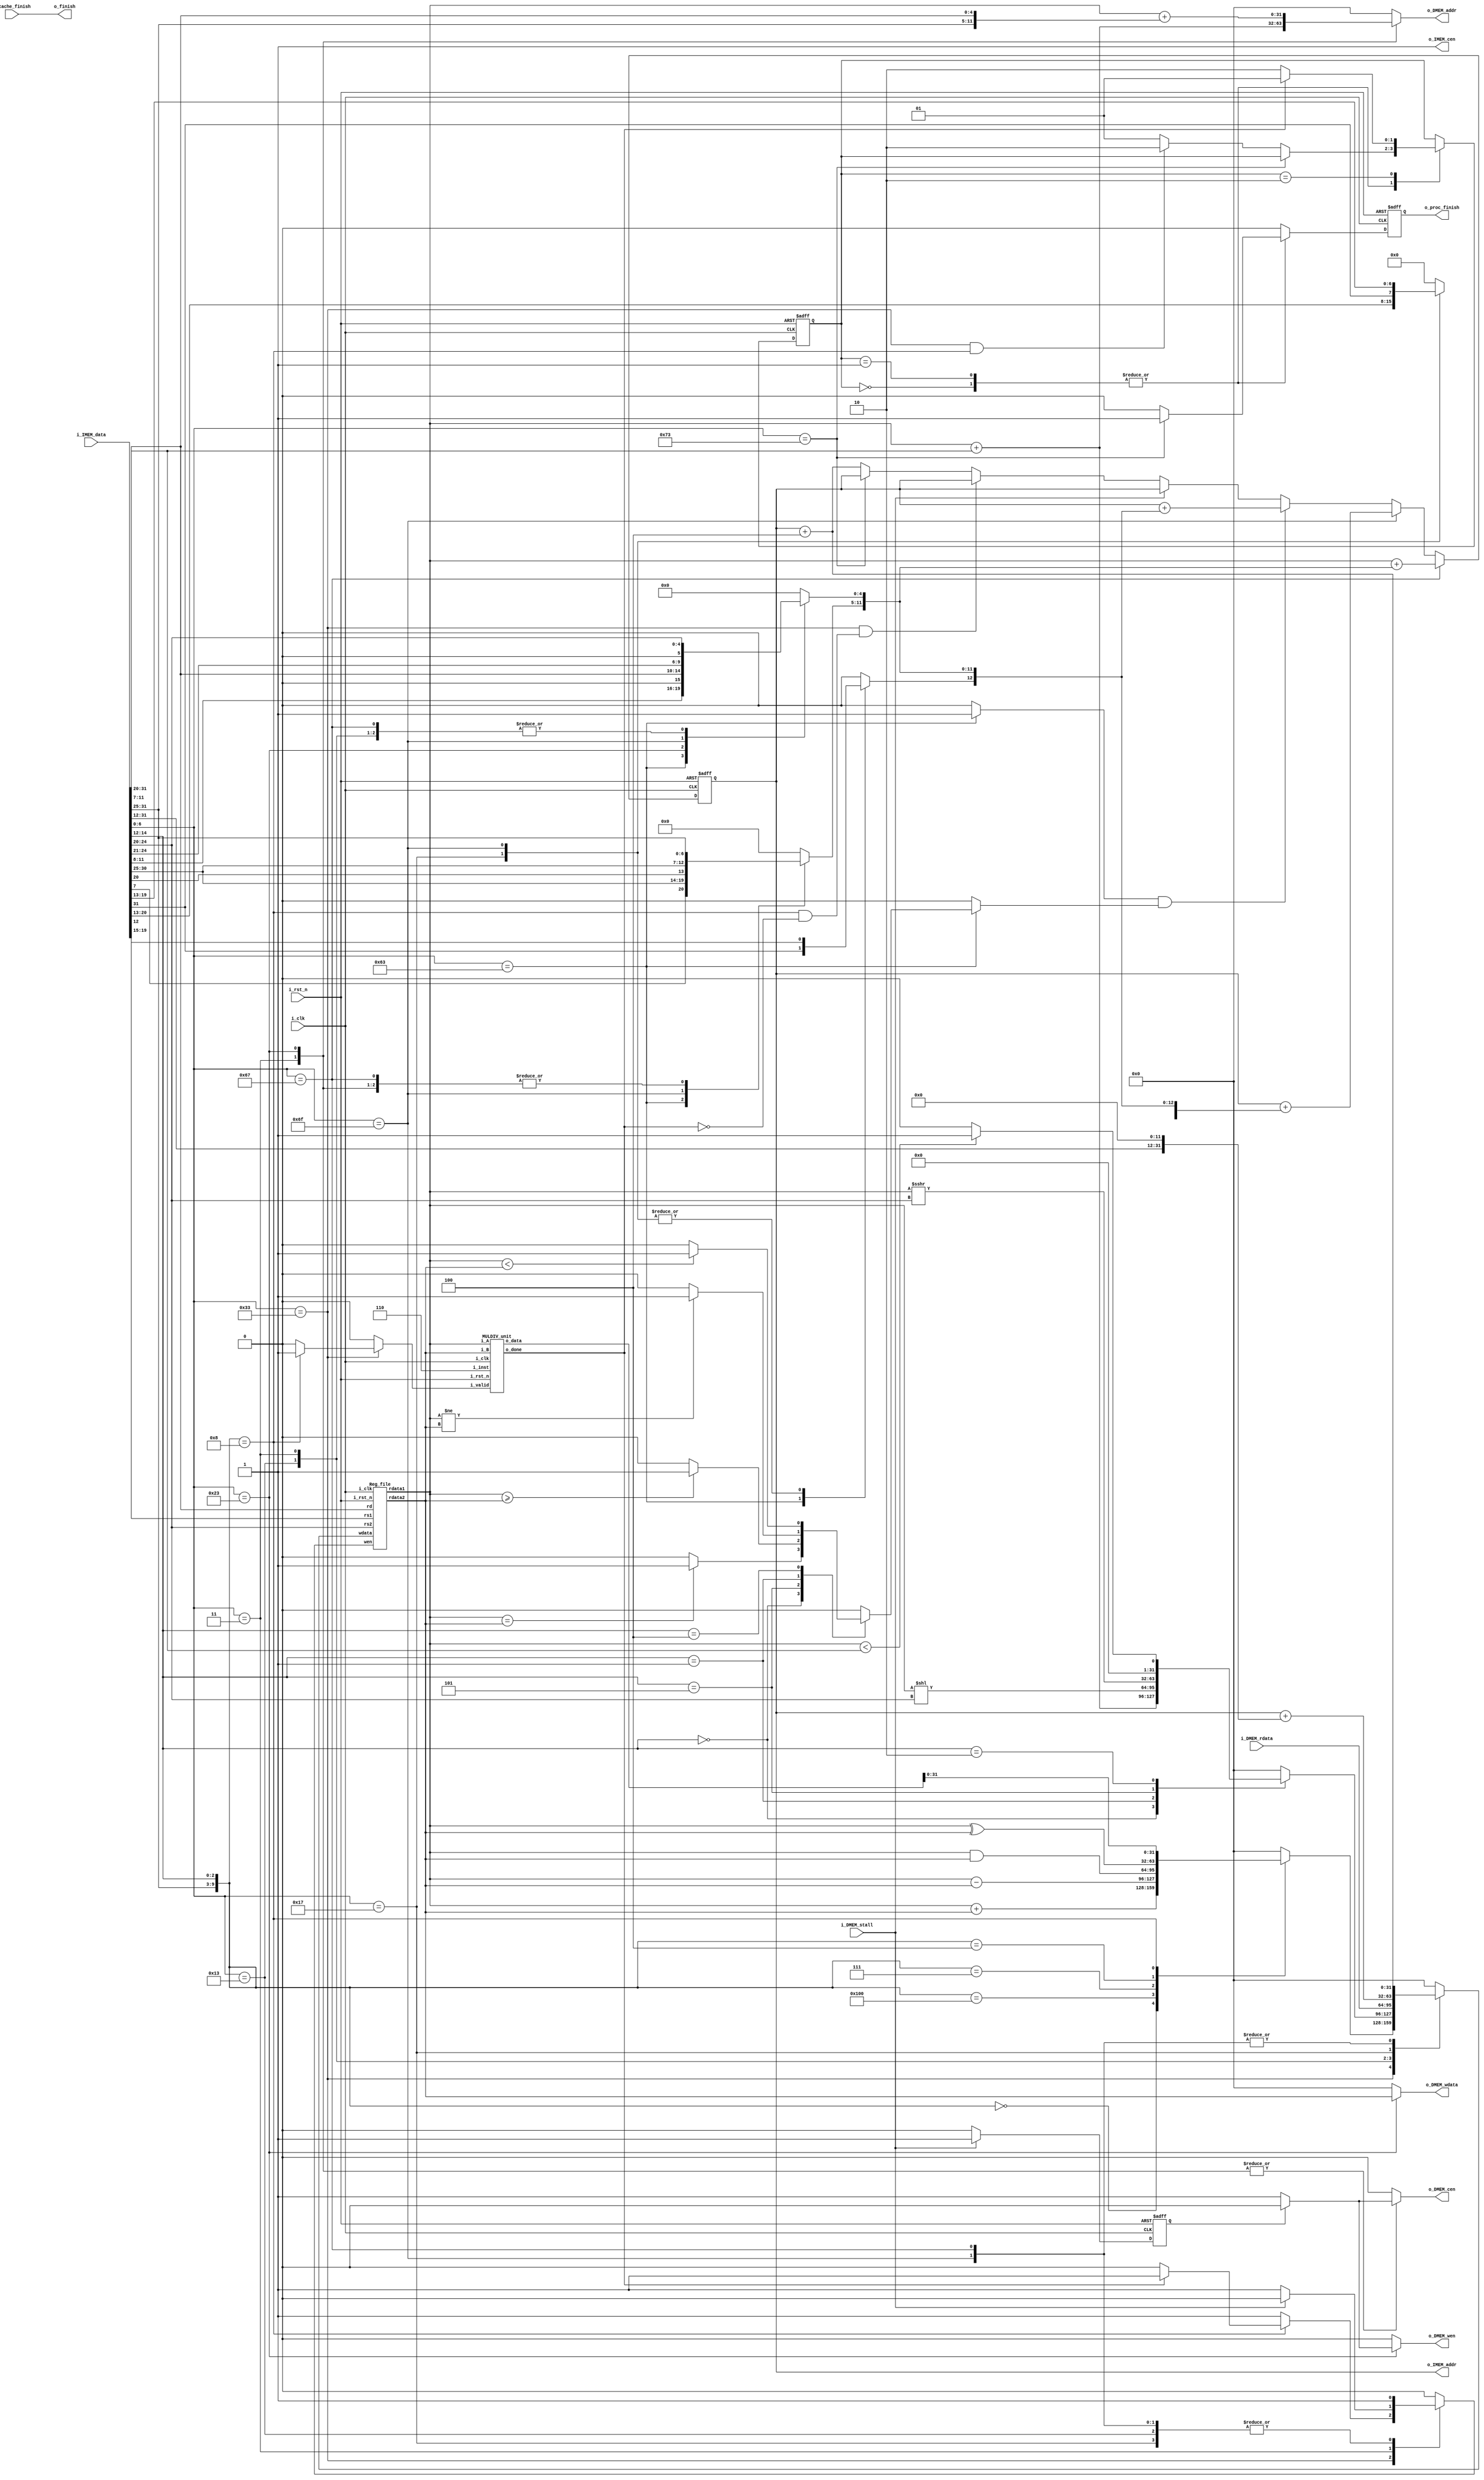
//----------------------------- DO NOT MODIFY THE I/O INTERFACE!! ------------------------------//
module CHIP #(                                                                                  //
    parameter BIT_W = 32                                                                        //
)(                                                                                              //
    // clock                                                                                    //
        input               i_clk,                                                              //
        input               i_rst_n,                                                            //
    // instruction memory                                                                       //
        input  [BIT_W-1:0]  i_IMEM_data,                                                        //
        output [BIT_W-1:0]  o_IMEM_addr,                                                        //
        output              o_IMEM_cen,                                                         //
    // data memory                                                                              //
        input               i_DMEM_stall,                                                       //
        input  [BIT_W-1:0]  i_DMEM_rdata,                                                       //
        output              o_DMEM_cen,                                                         //
        output              o_DMEM_wen,                                                         //
        output [BIT_W-1:0]  o_DMEM_addr,                                                        //
        output [BIT_W-1:0]  o_DMEM_wdata,                                                       //
    // finnish procedure                                                                        //
        output              o_finish,                                                           //
    // cache                                                                                    //
        input               i_cache_finish,                                                     //
        output              o_proc_finish                                                       //
);                                                                                              //
//----------------------------- DO NOT MODIFY THE I/O INTERFACE!! ------------------------------//

// ------------------------------------------------------------------------------------------------------------------------------------------------------
// Parameters
// ------------------------------------------------------------------------------------------------------------------------------------------------------
    // TODO: any declaration
    //====== op code ======
    // R-type
    localparam ADD   = 7'b0110011;
    localparam SUB   = 7'b0110011;
    localparam AND   = 7'b0110011;
    localparam XOR   = 7'b0110011;
    localparam MUL   = 7'b0110011;
    // I-type
    localparam ADDI  = 7'b0010011;
    localparam SLLI  = 7'b0010011;
    localparam SRAI  = 7'b0010011;
    localparam SLTI  = 7'b0010011;
    localparam LW    = 7'b0000011;
    // B-type
    localparam BEQ   = 7'b1100011;
    localparam BGE   = 7'b1100011;
    localparam BLT   = 7'b1100011;
    localparam BNE   = 7'b1100011;
    // S-type
    localparam SW    = 7'b0100011;
    // J-type
    localparam JAL   = 7'b1101111;
    localparam JALR  = 7'b1100111;
    // U-type
    localparam AUIPC = 7'b0010111;
    // ecall
    localparam ECALL = 7'b1110011 ;
    //====== funct3 ======
    localparam ADD_FUNC3  = 3'b000;
    localparam SUB_FUNC3  = 3'b000;
    localparam AND_FUNC3  = 3'b111;
    localparam XOR_FUNC3  = 3'b100;
    localparam ADDI_FUNC3 = 3'b000;
    localparam SLLI_FUNC3 = 3'b001;
    localparam SRAI_FUNC3 = 3'b101;
    localparam SLTI_FUNC3 = 3'b010;
    localparam MUL_FUNC3  = 3'b000;
    localparam BEQ_FUNC3  = 3'b000;
    localparam BGE_FUNC3  = 3'b101;
    localparam BLT_FUNC3  = 3'b100;
    localparam BNE_FUNC3  = 3'b001;
    //====== funct7 ======
    localparam ADD_FUNC7 = 7'b0000000;
    localparam SUB_FUNC7 = 7'b0100000;
    localparam AND_FUNC7 = 7'b0000000;
    localparam XOR_FUNC7 = 7'b0000000;
    localparam MUL_FUNC7 = 7'b0000001;

    // FSM state
    localparam S_IDLE        = 0;
    localparam S_EXEC        = 1;
    localparam S_EXEC_MULDIV = 2;

    // RegWrite Src
    localparam ADD_W    = 0;
    localparam SUB_W    = 1;
    localparam AND_W    = 2;
    localparam XOR_W    = 3;
    localparam MUL_W    = 4;
    localparam ADDI_W   = 5;
    localparam SLLI_W   = 6;
    localparam SRAI_W   = 7;
    localparam SLTI_W   = 8;
    localparam LW_W     = 9;
    localparam AUIPC_W  = 10;
    localparam JAL_W    = 11;
    localparam JALR_W   = 12;


// ------------------------------------------------------------------------------------------------------------------------------------------------------
// Wires and Registers
// ------------------------------------------------------------------------------------------------------------------------------------------------------
    
    // TODO: any declaration
        reg [BIT_W-1:0] PC, PC_nxt;
        // reg inst_cen, inst_cen_nxt;
        reg mem_cen, mem_wen;
        reg  mem_hold; 
        reg [BIT_W-1:0] mem_addr, mem_wdata, mem_rdata;
        wire mem_stall;
        reg  regWrite   ;  
        wire  [ 4:0] rs1, rs2, rd;              
        wire [BIT_W-1:0] rs1_data    ;              
        wire [BIT_W-1:0] rs2_data    ;             
        reg  [BIT_W-1:0] rd_data     ; 
        wire  [6:0 ] op_code_w;
        wire  [BIT_W-1:0] inst_w;
        reg  [1:0 ] state_w, state_r;
        wire  [2:0 ] funct3_w;
        wire  [6:0 ] funct7_w;
        reg  [BIT_W-1:0] imm_w;
        
        reg         mulDiv_valid;
        wire        mulDiv_done;
        wire  [2:0]  mulDiv_inst;
        wire  [BIT_W-1:0] mulDiv_in_A, mulDiv_in_B;
        wire [2*BIT_W-1:0] mulDiv_out;  

        reg  finish, finish_nxt;  
        reg  branch_control, condition;  
        wire jump;      

// ------------------------------------------------------------------------------------------------------------------------------------------------------
// Continuous Assignment
// ------------------------------------------------------------------------------------------------------------------------------------------------------

    // TODO: any wire assignment
    assign o_finish = i_cache_finish;
    assign o_proc_finish = finish;
    // assign o_finish = finish;
    assign o_IMEM_cen = 1;
    assign o_IMEM_addr = PC;
    assign o_DMEM_addr = mem_addr;
    assign o_DMEM_wdata = mem_wdata;
    assign o_DMEM_wen = mem_wen;
    assign o_DMEM_cen = mem_cen;

    // ----------------------- Decoding --------------------------
    assign inst_w = i_IMEM_data;
    assign op_code_w = inst_w[6:0];
    assign funct3_w = inst_w[14:12];
    assign funct7_w = inst_w[31:25];
    assign rs1 = inst_w[19:15];
    assign rs2 = inst_w[24:20];
    assign rd  = inst_w[11:7];
    assign jump = (branch_control & condition);
    // ----------------------- MulDiv input --------------------------
    assign mulDiv_in_A = rs1_data;
    assign mulDiv_in_B = rs2_data;
    assign mulDiv_inst = 3'd6;
    // ----------------------- Memory install --------------------------
    assign mem_stall = i_DMEM_stall;
// ------------------------------------------------------------------------------------------------------------------------------------------------------
// Submoddules
// ------------------------------------------------------------------------------------------------------------------------------------------------------

    // TODO: Reg_file wire connection
    Reg_file reg0(               
        .i_clk  (i_clk),             
        .i_rst_n(i_rst_n),         
        .wen    (regWrite),          
        .rs1    (rs1),                
        .rs2    (rs2),                
        .rd     (rd),                 
        .wdata  (rd_data),             
        .rdata1 (rs1_data),           
        .rdata2 (rs2_data)
    );

    MULDIV_unit mulDiv0(
        .i_clk(i_clk), 
        .i_rst_n(i_rst_n), 
        .i_valid(mulDiv_valid), 
        .i_inst(mulDiv_inst), 
        .i_A(mulDiv_in_A), 
        .i_B(mulDiv_in_B), 
        .o_data(mulDiv_out), 
        .o_done(mulDiv_done)
    );

// ------------------------------------------------------------------------------------------------------------------------------------------------------
// Always Blocksrd_data 
// ------------------------------------------------------------------------------------------------------------------------------------------------------
    // Todo: any combinational/sequential circuit
    // Decode Instruction
    always @(*) begin
        rd_data = 0;
        imm_w = 0;
        mem_addr = 0;
        mem_wdata = 0;
        mem_wen = 0;
        mem_cen = 0;
        regWrite= 0;
        mulDiv_valid = 0;
        condition = 0;
        branch_control = 0;
        case (op_code_w)
            7'b0110011: begin
                regWrite= 1'b1;
                case ({funct7_w, funct3_w})
                    {ADD_FUNC7, ADD_FUNC3}: begin
                        rd_data = $signed(rs1_data) + $signed(rs2_data);
                    end
                    {SUB_FUNC7, SUB_FUNC3}: begin
                        rd_data = $signed(rs1_data) - $signed(rs2_data);
                    end
                    {AND_FUNC7, AND_FUNC3}:begin
                        rd_data = rs1_data & rs2_data;
                    end
                    {XOR_FUNC7, XOR_FUNC3}: begin
                        rd_data = rs1_data ^ rs2_data;
                    end
                    {MUL_FUNC7, MUL_FUNC3}: begin
                        regWrite= (mulDiv_done)?1'b1:1'b0;
                        mulDiv_valid = 1'b1;
                        rd_data = mulDiv_out[31:0];
                    end
                endcase
            end
            7'b0010011: begin
                regWrite= 1'b1;
                imm_w[11:0] = inst_w[31:20];
                case (funct3_w)
                    ADDI_FUNC3: begin
                        rd_data = $signed(rs1_data) + $signed(imm_w[11:0]);
                    end
                    SLLI_FUNC3: begin
                        rd_data = $signed(rs1_data) << $signed(imm_w[4:0]);
                    end
                    SRAI_FUNC3: begin
                        rd_data = $signed(rs1_data) >>> $signed(imm_w[4:0]);
                    end
                    SLTI_FUNC3: begin  
                        rd_data = ($signed(rs1_data) < $signed(imm_w[11:0]))?32'd1:32'd0;                                 
                    end
                endcase
            end
            7'b1100011: begin
                branch_control = 1'b1;
                imm_w[12:0] = {inst_w[31], inst_w[7], inst_w[30:25], inst_w[11:8], 1'b0};
                case (funct3_w)
                    BEQ_FUNC3: begin  
                        condition = (rs1_data == rs2_data)?1'b1:1'b0;             
                    end
                    BGE_FUNC3: begin
                        condition = ($signed(rs1_data) >= $signed (rs2_data))?1'b1:1'b0;
                    end
                    BNE_FUNC3: begin
                        condition = (rs1_data != rs2_data)?1'b1:1'b0;      
                    end
                    BLT_FUNC3: begin
                        condition = ($signed(rs1_data) < $signed (rs2_data))?1'b1:1'b0;
                    end
                endcase
            end
            LW: begin
                mem_cen = (mem_hold)?1'b0:1'b1;
                imm_w[11:0] = inst_w[31:20];
                mem_addr = $signed({1'b0, rs1_data}) + $signed(imm_w[11:0]);
                rd_data = i_DMEM_rdata;
                regWrite= (mem_stall)?1'b0:1'b1;

            end
            SW: begin
                mem_cen = (mem_hold)?1'b0:1'b1;
                mem_wen = (mem_hold)?1'b0:1'b1;
                imm_w[4:0] = inst_w[11:7];
                imm_w[11:5] = inst_w[31:25];
                mem_addr = $signed({1'b0, rs1_data}) + $signed(imm_w[11:0]);
                mem_wdata = rs2_data;
            end
            AUIPC: begin
                regWrite= 1'b1;
                imm_w[31:12] = inst_w[31:12];
                rd_data = PC + imm_w;

            end
            JAL: begin
                imm_w[20:0] = {inst_w[31], inst_w[19:12], inst_w[20], inst_w[30:21], 1'b0};
                regWrite= 1'b1;
                rd_data = PC + 3'd4;
            end
            JALR: begin
                imm_w[11:0] = inst_w[31:20];
                regWrite= 1'b1;
                rd_data = PC + 3'd4;
            end
            ECALL: begin
                // $display("System Call for Finish!!!");
            end
        endcase
    end
    // end


    // -------------------------- Handle PC -----------------------------
    always@(*) begin
        PC_nxt = PC + 3'd4;
        if(op_code_w == JALR) begin
            PC_nxt = $signed({1'b0, rs1_data}) + $signed(imm_w[11:0]);
        end
        else if (op_code_w == JAL) begin
            PC_nxt = $signed({1'b0, PC}) + $signed(imm_w[20:0]);
        end
        else if(jump) begin
            PC_nxt = $signed({1'b0, PC}) + $signed(imm_w[12:0]);
        end
        else if (mem_stall) begin
            PC_nxt = PC;
        end
        else if (op_code_w == 7'b0110011 && 
        ({funct7_w, funct3_w} == {MUL_FUNC7, MUL_FUNC3} && !mulDiv_done)) begin
            PC_nxt = PC;
        end
        else if (op_code_w == ECALL) begin
            PC_nxt = PC;
        end
        else begin
            PC_nxt = PC + 3'd4;
        end
    end

    // FSM
    always @(*) begin
        state_w = state_r;
        finish_nxt = 1'b0;
        case (state_r)
            S_IDLE: begin
                if (op_code_w == ECALL) begin
                    finish_nxt = 1'b1;
                end
                else if (op_code_w == 7'b0110011 && 
                ({funct7_w, funct3_w} == {MUL_FUNC7, MUL_FUNC3}))begin
                    state_w = S_EXEC_MULDIV;
                end
                else begin
                    state_w = S_EXEC;
                end
            end
            S_EXEC: begin
                if (op_code_w == ECALL) begin
                    finish_nxt = 1'b1;
                end
                else if (op_code_w == 7'b0110011 && 
                ({funct7_w, funct3_w} == {MUL_FUNC7, MUL_FUNC3}))begin
                    state_w = S_EXEC_MULDIV;
                end
                else begin
                    state_w = S_EXEC;
                end
            end
            S_EXEC_MULDIV: begin
                state_w = (mulDiv_done) ? S_EXEC : S_EXEC_MULDIV;
            end 
        endcase
    end

    always @(posedge i_clk or negedge i_rst_n) begin
        if (!i_rst_n) begin
            PC          <= 32'h00010000; // Do not modify this value!!!
            state_r     <= S_IDLE;
            finish      <= 0;
            mem_hold        <= 0;
        end
        else begin
            PC          <= PC_nxt;
            state_r     <= state_w;
            finish      <= finish_nxt;
            mem_hold        <= (mem_stall)?1'b1:1'b0;
        end
    end
endmodule

module Reg_file(i_clk, i_rst_n, wen, rs1, rs2, rd, wdata, rdata1, rdata2);
   
    parameter BITS = 32;
    parameter word_depth = 32;
    parameter addr_width = 5; // 2^addr_width >= word_depth
    
    input i_clk, i_rst_n, wen; // wen: 0:read | 1:write
    input [BITS-1:0] wdata;
    input [addr_width-1:0] rs1, rs2, rd;

    output [BITS-1:0] rdata1, rdata2;

    reg [BITS-1:0] mem [0:word_depth-1];
    reg [BITS-1:0] mem_nxt [0:word_depth-1];

    integer i;

    assign rdata1 = mem[rs1];
    assign rdata2 = mem[rs2];

    always @(*) begin
        for (i=0; i<word_depth; i=i+1)
            mem_nxt[i] = (wen && (rd == i)) ? wdata : mem[i];
    end

    always @(posedge i_clk or negedge i_rst_n) begin
        if (!i_rst_n) begin
            mem[0] <= 0; // x0 = 0
            for (i=1; i<word_depth; i=i+1) begin
                case(i)
                    32'd2: mem[i] <= 32'hbffffff0;
                    32'd3: mem[i] <= 32'h10008000;
                    default: mem[i] <= 32'h0;
                endcase
            end
        end
        else begin
            mem[0] <= 0; // x0 = 0
            for (i=1; i<word_depth; i=i+1)
                mem[i] <= mem_nxt[i];
        end       
    end
endmodule

module MULDIV_unit(i_clk, i_rst_n, i_valid, i_inst, i_A, i_B, o_data, o_done);
    input                       i_clk;   // clock
    input                       i_rst_n; // reset

    input                       i_valid; // input valid signal
    input [31 : 0]      i_A;     // input operand A
    input [31 : 0]      i_B;     // input operand B
    input [         2 : 0]      i_inst;  // instruction

    output [63 : 0]   o_data;  // output value
    output                      o_done;   // output valid signal

    // Todo: HW2
    // Definition of states
    localparam S_IDLE = 4'd0;
    localparam S_ADD  = 4'd1;
    localparam S_SUB  = 4'd2;
    localparam S_AND  = 4'd3;
    localparam S_OR   = 4'd4;
    localparam S_SLT  = 4'd5;
    localparam S_SRA  = 4'd6;
    localparam S_MUL  = 4'd7;
    localparam S_DIV  = 4'd8;
    localparam S_OUT  = 4'd9;

    // Wires & Regs
    // Todo
    reg  [4:0] counter, counter_nxt;
    reg  [63:0] sh_reg, sh_reg_nxt;
    reg  [32:0] alu_out;  // it's not a real register, it's wire!
    reg         dividend_flag;  // it's not a real register, it's wire!
    reg         done, done_nxt;
    // state
    reg  [3: 0] state, state_nxt; // remember to expand the bit width if you want to add more states!

    // load input
    reg  [  31: 0] operand_a, operand_a_nxt;
    reg  [  31: 0] operand_b, operand_b_nxt;
    reg  [         2: 0] inst, inst_nxt;

    // Wire Assignments
    // Todo
    assign o_data = sh_reg;
    assign o_done = done;
    
    // Always Combination
    // load input
    always @(*) begin
        if (i_valid) begin
            operand_a_nxt = i_A;
            operand_b_nxt = i_B;
            inst_nxt      = i_inst;
        end
        else begin
            operand_a_nxt = operand_a;
            operand_b_nxt = operand_b;
            inst_nxt      = inst;
        end
    end
    // Todo: FSM
    always @(*) begin
        case(state)
            S_IDLE: begin
                if(i_valid) begin
                    case(inst_nxt)
                        3'd0: state_nxt = S_ADD;
                        3'd1: state_nxt = S_SUB;
                        3'd2: state_nxt = S_AND;
                        3'd3: state_nxt = S_OR;
                        3'd4: state_nxt = S_SLT;
                        3'd5: state_nxt = S_SRA;
                        3'd6: state_nxt = S_MUL;
                        3'd7: state_nxt = S_DIV;
                        default: state_nxt = S_IDLE;
                    endcase
                end
                else state_nxt = S_IDLE;
            end
            S_ADD: state_nxt = S_OUT;
            S_SUB: state_nxt = S_OUT;
            S_AND: state_nxt = S_OUT;
            S_OR: state_nxt = S_OUT;
            S_SLT: state_nxt = S_OUT;
            S_SRA: state_nxt = S_OUT;
            S_MUL: state_nxt = (counter == 5'd31)?S_OUT:S_MUL;
            S_DIV: state_nxt = (counter == 5'd31)?S_OUT:S_DIV;
            S_OUT: state_nxt = S_IDLE;
            default : state_nxt = state;
        endcase
    end
    // Todo: Counter
    always @(*) begin
        if(state == S_MUL || state == S_DIV) begin
            counter_nxt = counter + 1;
        end
        else counter_nxt = 0;
    end

    // Todo: ALU output
    always @(*) begin
        alu_out = 0;
        dividend_flag = 0;
        case(state)
            S_ADD: begin
                alu_out = {operand_a_nxt[31], operand_a_nxt} + {operand_b_nxt[31], operand_b_nxt};
                alu_out = (~alu_out[32] & alu_out[31])? // + overflow
                {2'b00, {31{1'b1}}}:(alu_out[32] & ~alu_out[31])? // - underflow
                {2'b11, {31{1'b0}}}:alu_out[31:0]; // no overflow
            end
            S_SUB: begin
                alu_out = {operand_a_nxt[31], operand_a_nxt} + {~operand_b_nxt[31], ((~operand_b_nxt) + 1'd1)};
                alu_out = (~alu_out[32] & alu_out[31])? // + overflow
                {2'b00, {31{1'b1}}}:(alu_out[32] & ~alu_out[31])? // - overflow
                {2'b11, {31{1'b0}}}:alu_out[31:0]; // no overflow
            end
            S_AND: begin
                alu_out = operand_a_nxt & operand_b_nxt;
            end
            S_OR: begin
                alu_out = operand_a_nxt | operand_b_nxt;
            end
            S_SLT: begin
                alu_out = (operand_a_nxt[31] & ~operand_b_nxt[31])?1'd1: // a(-) < b(+)
                (~operand_a_nxt[31] & operand_b_nxt[31])?1'd0: // a(+) > b(-)
                operand_a_nxt < operand_b_nxt; // a, b have same sign
            end
            S_SRA: begin
                if (operand_b_nxt > 5'd31) begin
                    alu_out = {32{operand_a_nxt[31]}}; // right shift all bits
                end else begin
                    alu_out = ({32{operand_a_nxt[31]}} << (32 - operand_b_nxt))
                    + (operand_a_nxt >> operand_b_nxt);     
                end
            end
            S_MUL: begin
                if(sh_reg[0] == 1) begin
                    alu_out = sh_reg[63:32] + operand_b_nxt;
                end
                else begin
                    alu_out = sh_reg[63:32];
                end
            end
            S_DIV: begin
                // if remainder goes < 0, add divisor back
                dividend_flag = (sh_reg[63:32] >= operand_b_nxt);
                if(dividend_flag) begin
                    alu_out = sh_reg[63:32] - operand_b_nxt;
                end 
                else begin
                    alu_out = sh_reg[63:32];
                end
            end
        endcase
    end
    
    // Todo : Shift register
    always @(*) begin
        case(state)
            S_IDLE: begin
                if(!i_valid) sh_reg_nxt = 0; 
                else begin
                    if(inst_nxt == 3'd7)begin
                        sh_reg_nxt = {{31{1'b0}}, i_A, {1'b0}}; 
                    end
                    else begin
                        sh_reg_nxt = {{32{1'b0}}, i_A};
                    end
                end
            end
            S_ADD: begin
                sh_reg_nxt = {32'b0, alu_out[31:0]};
            end
            S_SUB: begin
                sh_reg_nxt = {32'b0, alu_out[31:0]};
            end
            S_AND: begin
                sh_reg_nxt = {32'b0, alu_out[31:0]};
            end
            S_OR: begin
                sh_reg_nxt = {32'b0, alu_out[31:0]};
            end
            S_SLT: begin
                sh_reg_nxt = {32'b0, alu_out[31:0]};
            end
            S_SRA: begin
                sh_reg_nxt = {32'b0, alu_out[31:0]};
            end
            S_MUL: begin
                sh_reg_nxt = {alu_out, sh_reg[31:1]};
            end
            S_DIV: begin
                if(counter == 5'd31)begin
                    if(dividend_flag)begin
                        sh_reg_nxt = {alu_out[31:0], sh_reg[30:0], {1'b1}};
                    end
                    else begin
                        sh_reg_nxt = {alu_out[31:0], sh_reg[30:0], {1'b0}};
                    end
                end
                else begin
                    if(dividend_flag)begin
                        sh_reg_nxt = {alu_out[30:0], sh_reg[31:0], {1'b1}};
                    end
                    else begin
                        sh_reg_nxt = {alu_out[30:0], sh_reg[31:0], {1'b0}};
                    end
                end
            end
            S_OUT: begin
                sh_reg_nxt = sh_reg;
            end
            default: begin
                sh_reg_nxt = sh_reg;
            end
        endcase
    end
    // Todo: output valid signal
    always @(*) begin
        case(state)
            S_IDLE: done_nxt = 0;
            S_ADD: done_nxt = 1;
            S_SUB: done_nxt = 1;
            S_AND: done_nxt = 1;
            S_OR: done_nxt = 1;
            S_SLT: done_nxt = 1;
            S_SRA: done_nxt = 1;
            S_MUL: done_nxt = (counter == 5'd31)?1:0;
            S_DIV: done_nxt = (counter == 5'd31)?1:0;
            S_OUT : done_nxt = 0;
            default : done_nxt = 0;
        endcase
    end

    // Todo: Sequential always block
    always @(posedge i_clk or negedge i_rst_n) begin
        if (!i_rst_n) begin
            state       <= S_IDLE;
            operand_a   <= 0;
            operand_b   <= 0;
            inst        <= 0;
            counter     <= 0;
            done        <= 0;
            sh_reg      <= 0;
        end
        else begin
            state       <= state_nxt;
            operand_a   <= operand_a_nxt;
            operand_b   <= operand_b_nxt;
            inst        <= inst_nxt;
            counter     <= counter_nxt;
            done        <= done_nxt;
            sh_reg      <= sh_reg_nxt;
        end
    end

endmodule

module Cache#(
        parameter BIT_W = 32,
        parameter ADDR_W = 32,
        parameter INDEX_W = 6,
        parameter OFFSET_W = 4,
        parameter TAG_W = 22
    )(
        input i_clk,
        input i_rst_n,
        // processor interface
        input i_proc_cen,
        input i_proc_wen,
        input [ADDR_W-1:0] i_proc_addr,
        input [BIT_W-1:0]  i_proc_wdata,
        output [BIT_W-1:0] o_proc_rdata,
        output o_proc_stall,
        input i_proc_finish,
        output o_cache_finish,
        // memory interface
        output o_mem_cen,
        output o_mem_wen,
        output [ADDR_W-1:0] o_mem_addr,
        output [BIT_W*4-1:0]  o_mem_wdata,
        input [BIT_W*4-1:0] i_mem_rdata,
        input i_mem_stall,
        output o_cache_available,
        // memory data offset
        input  [ADDR_W-1: 0] i_offset
    );
    assign o_cache_available = 0; // change this value to 1 if the cache is implemented
    assign o_cache_finish    = (i_proc_finish)?1'b1:1'b0;

    //------------------------------------------//
    //          default connection              //
    assign o_mem_cen    = i_proc_cen;              //
    assign o_mem_wen    = i_proc_wen;              //
    assign o_mem_addr   = i_proc_addr;            //
    assign o_mem_wdata  = i_proc_wdata;          //
    assign o_proc_rdata = i_mem_rdata[0+:BIT_W];//
    assign o_proc_stall = i_mem_stall;          //
    //------------------------------------------//
endmodule